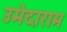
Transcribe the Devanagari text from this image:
उमेदाराम